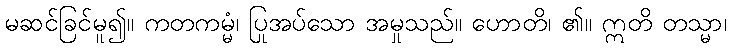
မဆင်ခြင်မူ၍။ ကတကမ္မံ၊ ပြုအပ်သော အမှုသည်။ ဟောတိ၊ ၏။ ဣတိ တသ္မာ၊